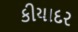
કીયાદર